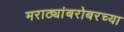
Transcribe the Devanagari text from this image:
मराठ्यांबरोबरच्या